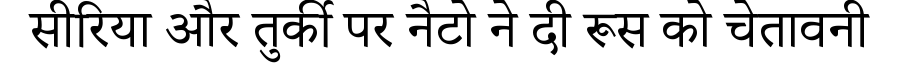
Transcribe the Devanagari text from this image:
सीरिया और तुर्की पर नैटो ने दी रूस को चेतावनी